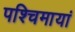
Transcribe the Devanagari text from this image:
पश्चिमायां